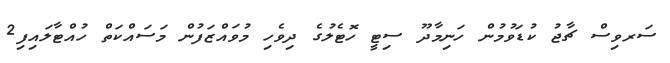
ސަރވިސް ޗާޖު ކުޑަވުމުން ހަނިމާދޫ ސިޓީ ހޮޓެލުގެ ދިވެހި މުވައްޒަފުން މަސައްކަތް ހުއްޓާލައިފި2